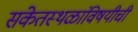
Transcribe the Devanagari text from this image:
संकेतस्थळांविषयीची